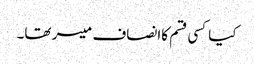
کیاکسی قسم کاانصاف میسر تھا۔